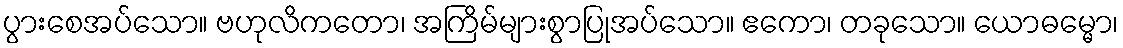
ပွားစေအပ်သော။ ဗဟုလိကတော၊ အကြိမ်များစွာပြုအပ်သော။ ဧကော၊ တခုသော။ ယောဓမ္မော၊